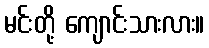
မင်းတို့ ကျောင်းသားလား။